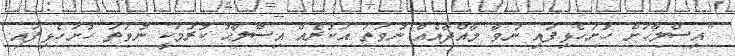
"އިސްލާހަށް ހުށަހެޅިފައި ނުވާ މާއްދާއެއް ނުވަތަ އަކުރެއް އިސްލާޙު ކުރުމަކީ ނުވަތަ ހުށަހެޅިފައި